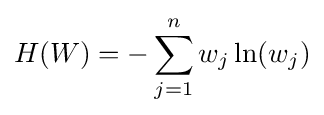
H(W)=-\sum _{j=1}^{n}w_{j}\ln(w_{j})